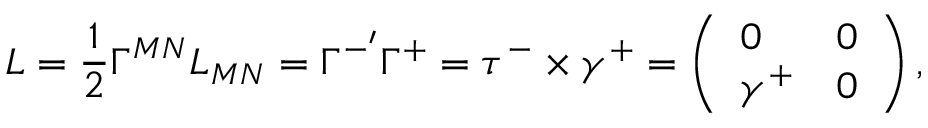
L = \frac { 1 } { 2 } \Gamma ^ { M N } L _ { M N } = \Gamma ^ { - ^ { \prime } } \Gamma ^ { + } = \tau ^ { - } \times \gamma ^ { + } = \left( \begin{array} { l l } { { 0 } } & { { 0 } } \\ { { \gamma ^ { + } } } & { { 0 } } \end{array} \right) ,